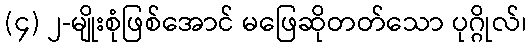
(၄) ၂-မျိုးစုံဖြစ်အောင် မဖြေဆိုတတ်သော ပုဂ္ဂိုလ်၊